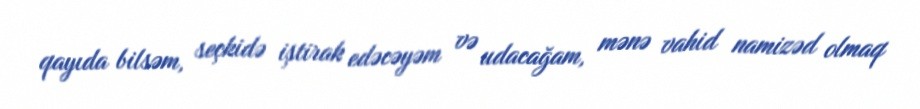
qayıda bilsəm, seçkidə iştirak edəcəyəm və udacağam, mənə vahid namizəd olmaq